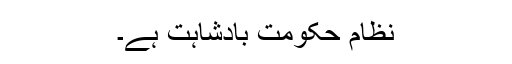
نظام حکومت بادشاہت ہے۔